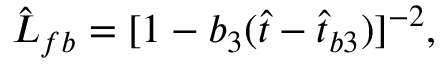
\hat { L } _ { f b } = [ 1 - b _ { 3 } ( \hat { t } - \hat { t } _ { b 3 } ) ] ^ { - 2 } ,